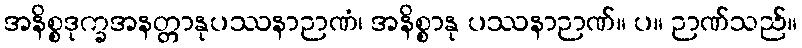
အနိစ္စဒုက္ခအနတ္တာနုပဿနာဉာဏံ၊ အနိစ္စာနု ပဿနာဉာဏ်။ ပ။ ဉာဏ်သည်။